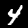
Digit: 4